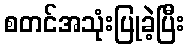
စတင်အသုံးပြုခဲ့ပြီး